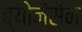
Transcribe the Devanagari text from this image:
ब्योनंसेन